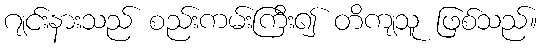
ဂျင်းနားသည် စည်းကမ်းကြီး၍ တိကျသူ ဖြစ်သည်။